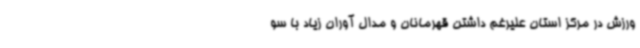
ورزش در مرکز استان علیرغم داشتن قهرمانان و مدال آوران زیاد با سو